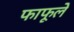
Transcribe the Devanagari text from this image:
फाफूले